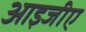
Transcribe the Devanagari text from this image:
आइजीए